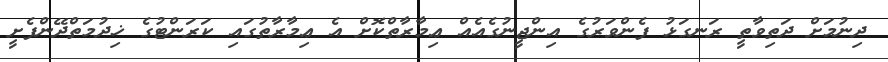
ދިނުމަށް ދަތިވާތީ ރަނގަޅު ފެންވަރުގެ އިންޖީނުގެއެއް ޢިމާރާތްކޮށް އެ ޢިމާރާތުގައި ކަރަންޓުގެ ޚިދުމަތްދޭންފެށީ